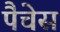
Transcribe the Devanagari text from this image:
पैचेस